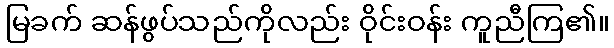
မြခက် ဆန်ဖွပ်သည်ကိုလည်း ဝိုင်းဝန်း ကူညီကြ၏။